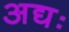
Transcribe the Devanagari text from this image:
अद्यः